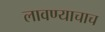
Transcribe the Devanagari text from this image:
लावण्याचाच